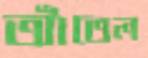
আঁতেল